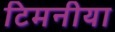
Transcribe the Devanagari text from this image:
टिमनीया